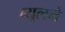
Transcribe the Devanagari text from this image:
ब्यूलने